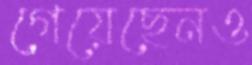
গেয়েছেনও